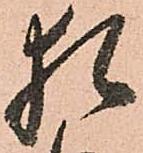
猶